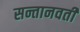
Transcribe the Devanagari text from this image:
सन्तानवती